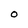
Character: 0